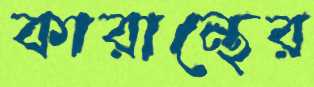
কারান্থের